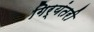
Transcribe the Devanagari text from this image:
गिर्यंतरी